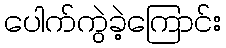
ပေါက်ကွဲခဲ့ကြောင်း